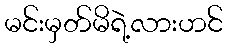
မင်းမှတ်မိရဲ့လားဟင်